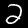
Label: 2